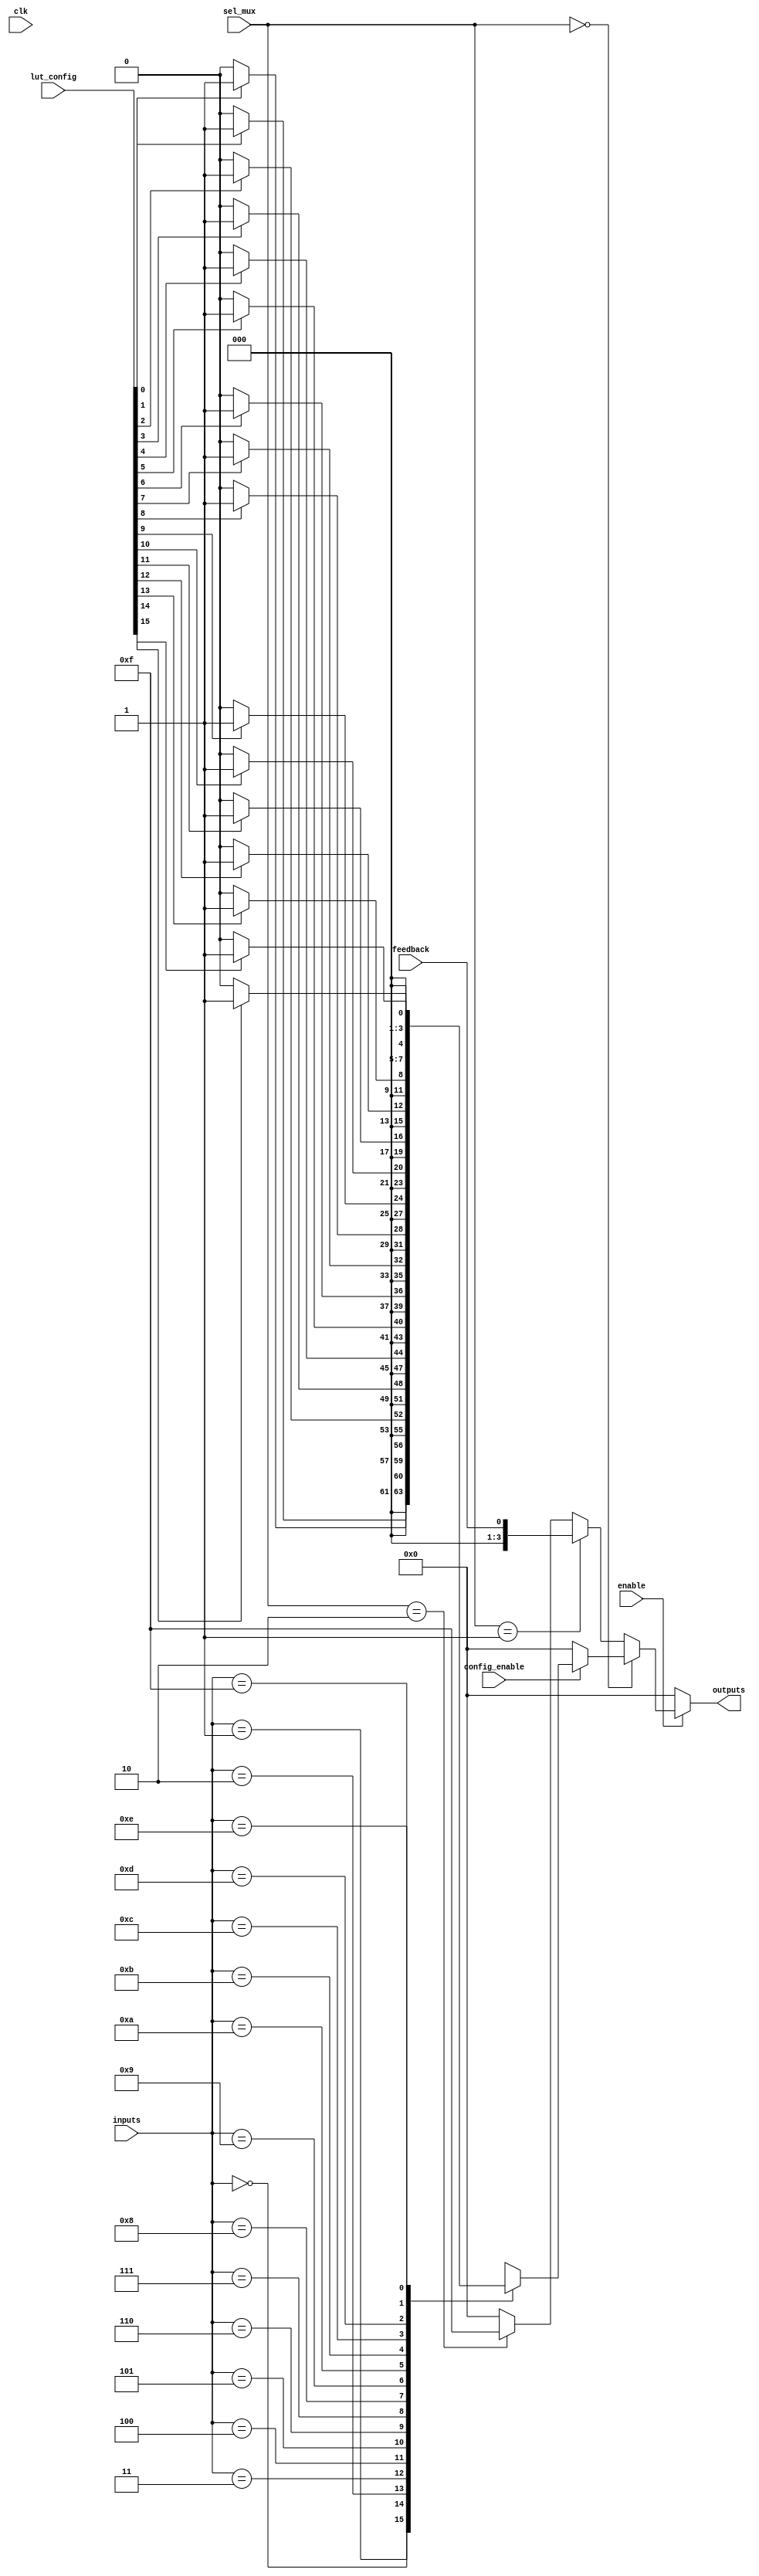
module CLB (
    input wire [3:0] inputs,        // Input ports (4-bit input for LUTs)
    input wire [1:0] sel_mux,       // MUX select signals
    input wire enable,               // Enable signal for logic cell
    input wire clk,                  // Clock signal
    input wire config_enable,        // Configuration enable for LUT
    input wire [15:0] lut_config,    // Configuration for LUT (4-inputs)
    input wire feedback,             // Feedback input from output
    output wire [3:0] outputs        // Output ports (4-bit output)
);

// LUT configuration and internal logic
reg [3:0] lut_out;

// LUT implementation
always @(*) begin
    if (config_enable) begin
        case (inputs)
            4'b0000: lut_out = lut_config[0]   ? 1'b1 : 1'b0;
            4'b0001: lut_out = lut_config[1]   ? 1'b1 : 1'b0;
            4'b0010: lut_out = lut_config[2]   ? 1'b1 : 1'b0;
            4'b0011: lut_out = lut_config[3]   ? 1'b1 : 1'b0;
            4'b0100: lut_out = lut_config[4]   ? 1'b1 : 1'b0;
            4'b0101: lut_out = lut_config[5]   ? 1'b1 : 1'b0;
            4'b0110: lut_out = lut_config[6]   ? 1'b1 : 1'b0;
            4'b0111: lut_out = lut_config[7]   ? 1'b1 : 1'b0;
            4'b1000: lut_out = lut_config[8]   ? 1'b1 : 1'b0;
            4'b1001: lut_out = lut_config[9]   ? 1'b1 : 1'b0;
            4'b1010: lut_out = lut_config[10]  ? 1'b1 : 1'b0;
            4'b1011: lut_out = lut_config[11]  ? 1'b1 : 1'b0;
            4'b1100: lut_out = lut_config[12]  ? 1'b1 : 1'b0;
            4'b1101: lut_out = lut_config[13]  ? 1'b1 : 1'b0;
            4'b1110: lut_out = lut_config[14]  ? 1'b1 : 1'b0;
            4'b1111: lut_out = lut_config[15]  ? 1'b1 : 1'b0;
            default: lut_out = 1'b0;
        endcase
    end else begin
        lut_out = 4'b0000; // Default output when not configured
    end
end

// MUX control logic
wire [3:0] mux_out;
assign mux_out = (sel_mux == 2'b00) ? lut_out :
                 (sel_mux == 2'b01) ? {3'b000, feedback} : // Feedback to output
                 (sel_mux == 2'b10) ? 4'b1111 :           // Constant input
                                     4'b0000;           // Default Output (0)

// Enable logic
assign outputs = enable ? mux_out : 4'b0000; // Outputs are zero if not enabled

endmodule